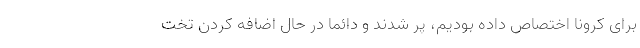
برای کرونا اختصاص داده بودیم، پر شدند و دائما در حال اضافه کردن تخت